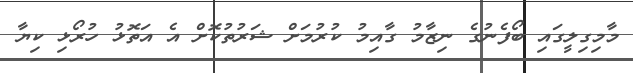
މާމިގިލީގައި ބޯފެނުގެ ނިޒާމު ގާއިމު ކުރުމަށް ޝަރުތުކޮށް އެ އަތޮޅު ހުރޯޅި ކިޔާ